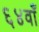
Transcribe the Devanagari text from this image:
६४वाँ